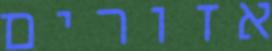
אזורים